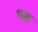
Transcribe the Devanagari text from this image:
पक्ष्